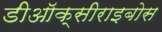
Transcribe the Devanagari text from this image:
डीऑक्सीराइबोस